Annual administration report of the Bombay Presidency - 1887-1892
Year: 1887
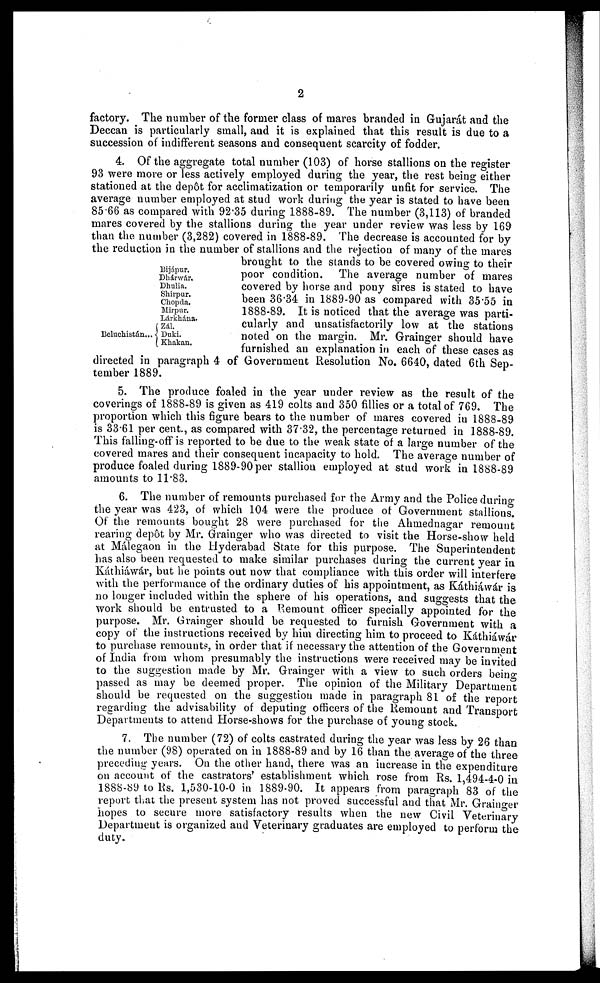
2
factory. The number of the former class of mares branded in Gujarát and the
Deccan is particularly small, and it is explained that this result is due to a
succession of indifferent seasons and consequent scarcity of fodder,
Beluchistán...
Bijápur.
Dhárwár.
Dhulia.
Shirpur.
Chopda.
Mirpur.
Lárkhána.
Zál.
Duki.
Khakan.
4. Of the aggregate total number (103) of horse stallions on the register
93 were more or less actively employed during the year, the rest being either
stationed at the depôt for acclimatization or temporarily unfit for service. The
average number employed at stud work during the year is stated to have been
85.66 as compared with 92.35 during 1888-89. The number (3,113) of branded
mares covered by the stallions during the year under review was less by 169
than the number (3,282) covered in 1888-89. The decrease is accounted for by
the reduction in the number of stallions and the rejection of many of the mares
brought to the stands to be covered owing to their
poor condition. The average number of mares
covered by horse and pony sires is stated to have
been 36.34 in 1889-90 as compared with 35.55 in
1888-89. It is noticed that the average was parti-
cularly and unsatisfactorily low at the stations
noted on the margin. Mr. Grainger should have
furnished an explanation in each of these cases as
directed in paragraph 4 of Government Resolution No. 6640, dated 6th Sep-
tember 1889.
5. The produce foaled in the year under review as the result of the
coverings of 1888-89 is given as 419 colts and 350 fillies or a total of 769. The
proportion which this figure bears to the number of mares covered in 1888-89
is 33.61 per cent, as compared with 37.32, the percentage returned in 1888-89.
This falling-off is reported to be due to the weak state of a large number of the
covered mares and their consequent incapacity to hold. The average number of
produce foaled during 1889-90 per stallion employed at stud work in 1888-89
amounts to 11.83.
6. The number of remounts purchased for the Army and the Police during
the year was 423, of which 104 were the produce of Government stallions.
Of the remounts bought 28 were purchased for the Ahmednagar remount
rearing depôt by Mr. Grainger who was directed to visit the Horse-show held
at Málegaon in the Hyderabad State for this purpose. The Superintendent
has also been requested to make similar purchases during the current year in
Káthiáwár, but he points out now that compliance with this order will interfere
with the performance of the ordinary duties of his appointment, as Káthiáwár is
no longer included within the sphere of his operations, and suggests that the
work should be entrusted to a Remount officer specially appointed for the
purpose. Mr. Grainger should be requested to furnish Government with a
copy of the instructions received by him directing him to proceed to Káthiáwár
to purchase remounts, in order that if necessary the attention of the Government
of India from whom presumably the instructions were received may be invited
to the suggestion made by Mr. Grainger with a view to such orders being
passed as may be deemed proper. The opinion of the Military Department
should be requested on the suggestion made in paragraph 81 of the report
regarding the advisability of deputing officers of the Remount and Transport
Departments to attend Horse-shows for the purchase of young stock.
7. The number (72) of colts castrated during the year was less by 26 than
the number (98) operated on in 1888-89 and by 16 than the average of the three
preceding years. On the other hand, there was an increase in the expenditure
on account of the castrators' establishment which rose from Rs. 1,494-4-0 in
1888-89 to Rs. 1,530-10-0 in 1889-90. It appears from paragraph 83 of the
report that the present system has not proved successful and that Mr. Grainger
hopes to secure more satisfactory results when the new Civil Veterinary
Department is organized and Veterinary graduates are employed to perform the
duty.